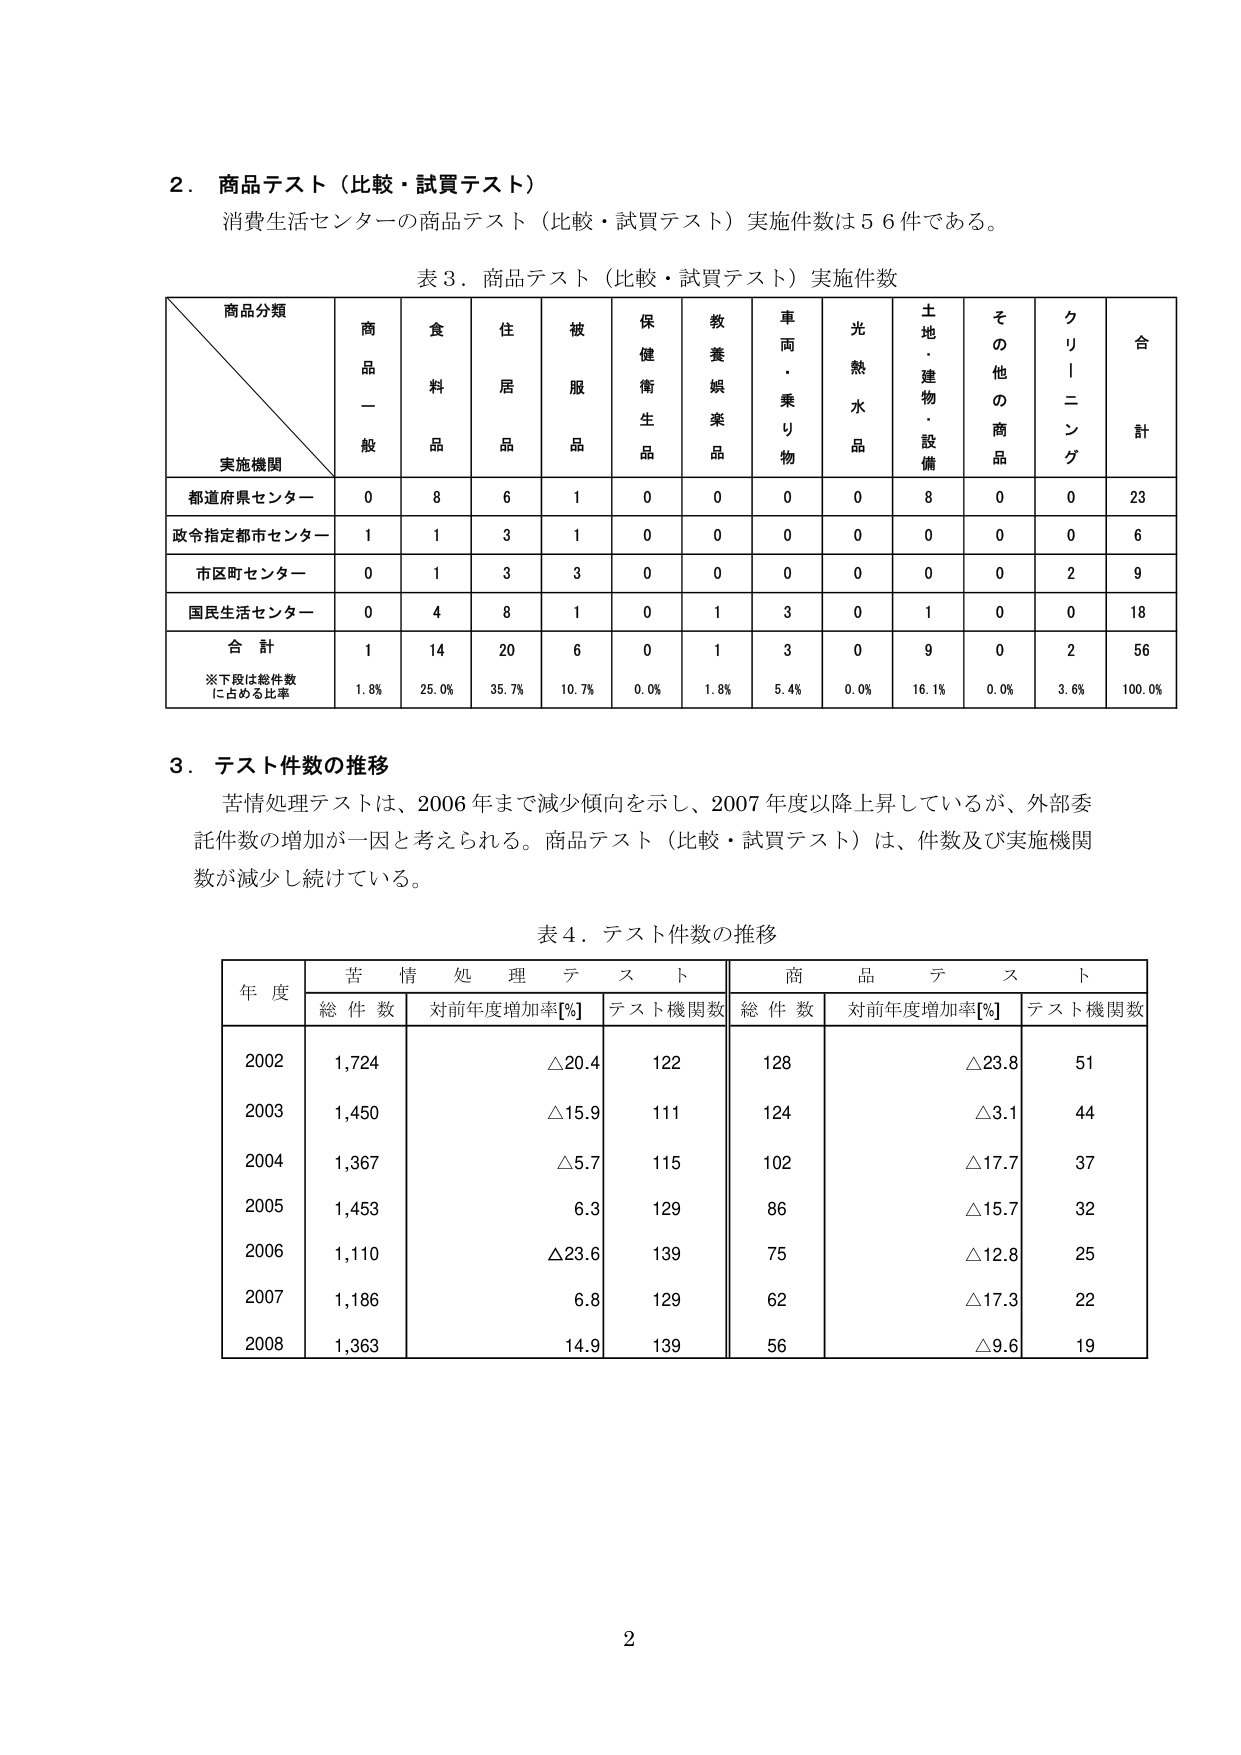
2．商品テスト（比較・試買テスト）
消費生活センターの商品テスト（比較・試買テスト）実施件数は56件である。

表3．商品テスト（比較・試買テスト）実施件数

商品分類
実施機関
商品一般
食料品
住居品
被服品
保健衛生品
教養娯楽品
車両・乗り物
光熱水品
土地・建物・設備
その他の商品
クリーニング
合計

都道府県センター
0
8
6
1
0
0
0
0
8
0
0
23

政令指定都市センター
1
1
3
1
0
0
0
0
0
0
0
6

市区町村センター
0
1
3
3
0
0
0
0
0
0
2
9

国民生活センター
0
4
8
1
0
1
3
0
1
0
0
18

合計
1
14
20
6
0
1
3
0
9
0
2
56

※下段は総件数に占める比率
1.8%
25.0%
35.7%
10.7%
0.0%
1.8%
5.4%
0.0%
16.1%
0.0%
3.6%
100.0%

3．テスト件数の推移
苦情処理テストは、2006年まで減少傾向を示し、2007年度以降上昇しているが、外部委託件数の増加が一因と考えられる。商品テスト（比較・試買テスト）は、件数及び実施機関数が減少し続けている。

表4．テスト件数の推移

年度
苦情処理テスト
商品テスト
総件数
対前年度増加率[%]
テスト機関数
総件数
対前年度増加率[%]
テスト機関数

2002
1,724
△20.4
122
128
△23.8
51

2003
1,450
△15.9
111
124
△3.1
44

2004
1,367
△5.7
115
102
△17.7
37

2005
1,453
6.3
129
86
△15.7
32

2006
1,110
△23.6
139
75
△12.8
25

2007
1,186
6.8
129
62
△17.3
22

2008
1,363
14.9
139
56
△9.6
19

2